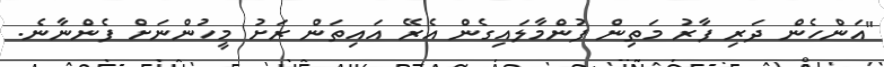
"އަންހެން ދަރި ފާރު މަތިން ފުންމާލައިގެން އެރޭ އައިތަން ރަށު މީހުންނަށް ފެންނާނެ.